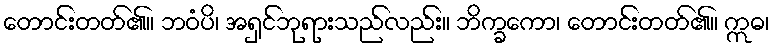
တောင်းတတ်၏။ ဘဝံပိ၊ အရှင်ဘုရားသည်လည်း။ ဘိက္ခကော၊ တောင်းတတ်၏။ ဣဓ၊